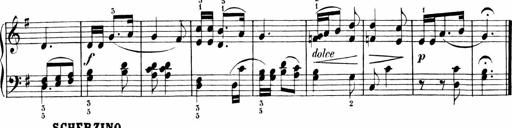
Title: 6 Liedersonatinen
Composer: Carl Reinecke